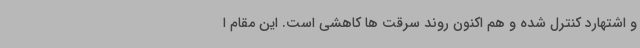
و اشتهارد کنترل شده و هم اکنون روند سرقت ها کاهشی است. این مقام ا